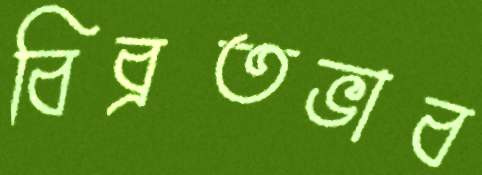
বিব্রতভাব